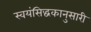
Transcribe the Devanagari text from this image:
स्वयंसिद्धकानुसारी